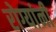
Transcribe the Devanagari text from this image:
रोग्यांनी